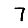
Digit: 7